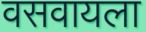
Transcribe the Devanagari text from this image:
वसवायला